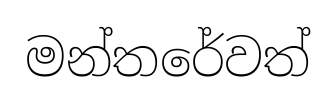
මන්තරේවත්